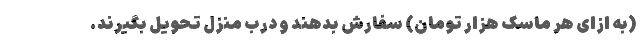
(به ازای هر ماسک هزار تومان) سفارش بدهند و درب منزل تحویل بگیرند.